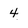
Character: 4